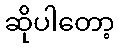
ဆိုပါတော့